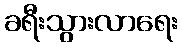
ခရီးသွားလာရေး